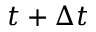
t + \Delta t